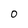
Character: 0